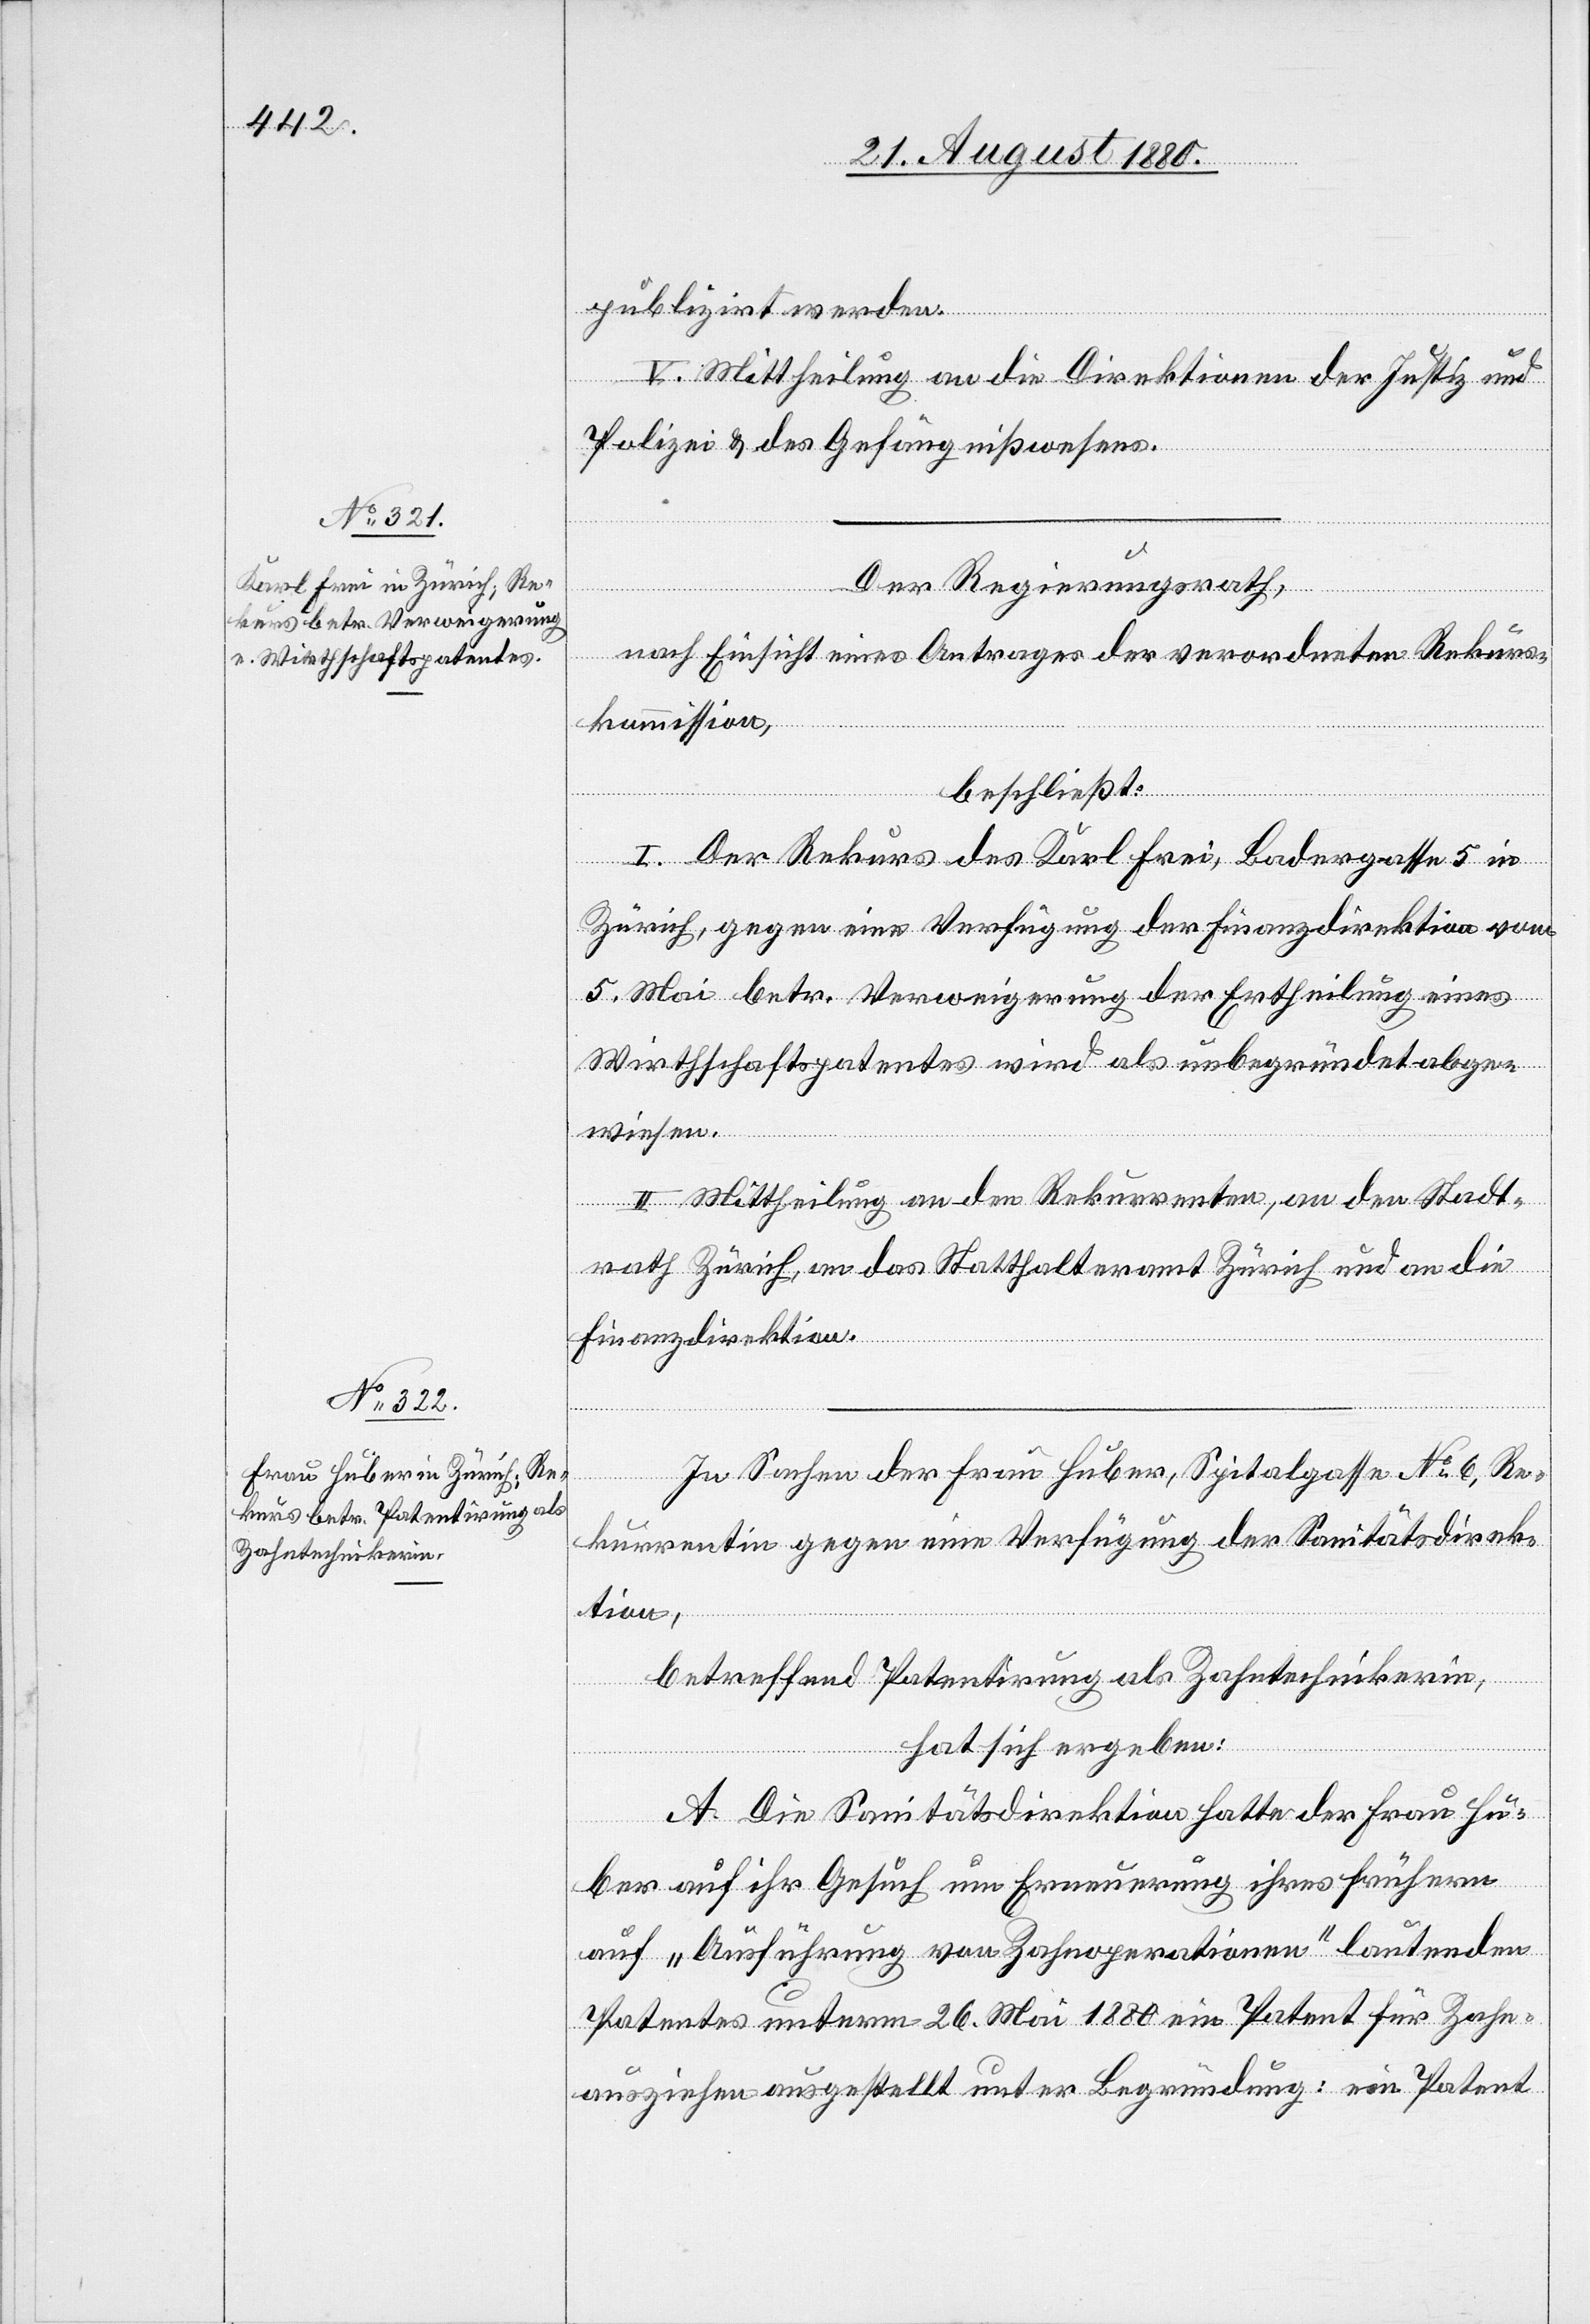
publizirt werden.
V. Mittheilung an die Direktionen der Justiz und
Polizei & das Gefängnißwesens.
Der Regierungsrath,
nach Einsicht eines Antrages der verordneten Rekurs¬
kommission,
beschließt:
I. Der Rekurs des Karl Frei, Badergasse 5 in
Zürich, gegen eine Verfügung der Finanzdirektion vom
5. Mai betr. Verweigerung der Ertheilung eines
Wirthschaftspatentes wird als unbegründet abge¬
wiesen.
II. Mittheilung an den Rekurrenten, an den Stadt¬
rath Zürich an das Statthalteramt Zürich und an die
Finanzdirektion.
In Sachen der Frau Huber, Spitalgasse No 6, Re¬
kurrentin gegen eine Verfügung der Sanitätsdirek¬
tion,
betreffend Patentirung als Zahntechnikerin,
hat sich ergeben:
A. Die Sanitätsdirektion hatte der Frau Hu¬
ber auf ihr Gesuch um Erneuerung ihres früheren
auf „Ausführung von Zahnoperationen“ lautenden
Patentes unterm 26. Mai 1880 ein Patent für Zahn¬
ausziehen ausgestellt unter Begründung: ein Patent